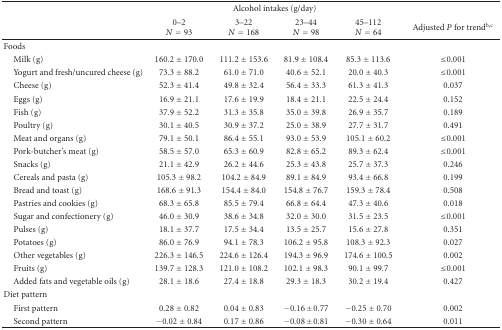
<table><thead><tr><td><b> </b></td><td colspan="4"><b>Alcohol intakes (g/day)</b></td><td><b> </b></td></tr><tr><td><b> </b></td><td><b>0–2<i>N</i> = 93</b></td><td><b>3–22<i>N</i> = 168</b></td><td><b>23–44<i>N</i> = 98</b></td><td><b>45–112<i>N</i> = 64</b></td><td><b>Adjusted <i>P</i> for trend<sup>b,c</sup></b></td></tr></thead><tbody><tr><td>Foods </td><td> </td><td> </td><td> </td><td> </td><td> </td></tr><tr><td> Milk (g)</td><td>160.2 ± 170.0</td><td>111.2 ± 153.6</td><td>81.9 ± 108.4</td><td>85.3 ± 113.6</td><td>≤0.001</td></tr><tr><td> Yogurt and fresh/uncured cheese (g)</td><td>73.3 ± 88.2</td><td>61.0 ± 71.0</td><td>40.6 ± 52.1</td><td>20.0 ± 40.3</td><td>≤0.001</td></tr><tr><td> Cheese (g)</td><td>52.3 ± 41.4</td><td>49.8 ± 32.4</td><td>56.4 ± 33.3</td><td>61.3 ± 41.3</td><td>0.037</td></tr><tr><td> Eggs (g)</td><td>16.9 ± 21.1</td><td>17.6 ± 19.9</td><td>18.4 ± 21.1</td><td>22.5 ± 24.4</td><td>0.152</td></tr><tr><td> Fish (g)</td><td>37.9 ± 52.2</td><td>31.3 ± 35.8</td><td>35.0 ± 39.8</td><td>26.9 ± 35.7</td><td>0.189</td></tr><tr><td> Poultry (g)</td><td>30.1 ± 40.5</td><td>30.9 ± 37.2</td><td>25.0 ± 38.9</td><td>27.7 ± 31.7</td><td>0.491</td></tr><tr><td> Meat and organs (g)</td><td>79.1 ± 50.1</td><td>86.4 ± 55.1</td><td>93.0 ± 53.9</td><td>105.1 ± 60.2</td><td>≤0.001</td></tr><tr><td> Pork-butcher&#x27;s meat (g)</td><td>58.5 ± 57.0</td><td>65.3 ± 60.9</td><td>82.8 ± 65.2</td><td>89.3 ± 62.4</td><td>≤0.001</td></tr><tr><td> Snacks (g)</td><td>21.1 ± 42.9</td><td>26.2 ± 44.6</td><td>25.3 ± 43.8</td><td>25.7 ± 37.3</td><td>0.246</td></tr><tr><td> Cereals and pasta (g)</td><td>105.3 ± 98.2</td><td>104.2 ± 84.9</td><td>89.1 ± 84.9</td><td>93.4 ± 66.8</td><td>0.199</td></tr><tr><td> Bread and toast (g)</td><td>168.6 ± 91.3</td><td>154.4 ± 84.0</td><td>154.8 ± 76.7</td><td>159.3 ± 78.4</td><td>0.508</td></tr><tr><td> Pastries and cookies (g)</td><td>68.3 ± 65.8</td><td>85.5 ± 79.4</td><td>66.8 ± 64.4</td><td>47.3 ± 40.6</td><td>0.018</td></tr><tr><td> Sugar and confectionery (g)</td><td>46.0 ± 30.9</td><td>38.6 ± 34.8</td><td>32.0 ± 30.0</td><td>31.5 ± 23.5</td><td>≤0.001</td></tr><tr><td> Pulses (g)</td><td>18.1 ± 37.7</td><td>17.5 ± 34.4</td><td>13.5 ± 25.7</td><td>15.6 ± 27.8</td><td>0.351</td></tr><tr><td> Potatoes (g)</td><td>86.0 ± 76.9</td><td>94.1 ± 78.3</td><td>106.2 ± 95.8</td><td>108.3 ± 92.3</td><td>0.027</td></tr><tr><td> Other vegetables (g)</td><td>226.3 ± 146.5</td><td>224.6 ± 126.4</td><td>194.3 ± 96.9</td><td>174.6 ± 100.5</td><td>0.002</td></tr><tr><td> Fruits (g)</td><td>139.7 ± 128.3</td><td>121.0 ± 108.2</td><td>102.1 ± 98.3</td><td>90.1 ± 99.7</td><td>≤0.001</td></tr><tr><td> Added fats and vegetable oils (g)</td><td>28.1 ± 18.6</td><td>27.4 ± 18.8</td><td>29.3 ± 18.3</td><td>30.2 ± 19.4</td><td>0.427</td></tr><tr><td>Diet pattern</td><td> </td><td> </td><td> </td><td> </td><td> </td></tr><tr><td> First pattern</td><td>0.28 ± 0.82</td><td>0.04 ± 0.83</td><td>−0.16 ± 0.77</td><td>−0.25 ± 0.70</td><td>0.002</td></tr><tr><td> Second pattern</td><td>−0.02 ± 0.84</td><td>0.17 ± 0.86</td><td>−0.08 ± 0.81</td><td>−0.30 ± 0.64</td><td>0.011</td></tr></tbody></table>